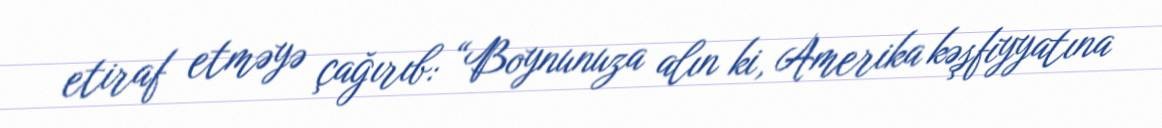
etiraf etməyə çağırıb: “Boynunuza alın ki, Amerika kəşfiyyatına